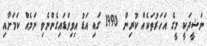
ނަޝީދަކީ މީގެ އަހަރުތަކެއް ކުރިން 1990 ގައި އަޑު އިވިވަޑައިގެންނެވި ނަމެއް ކަމަށާއި